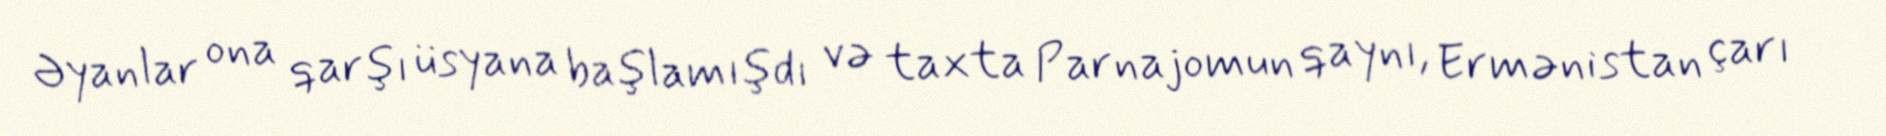
Əyanlar ona qarşı üsyana başlamışdı və taxta Parnajomun qaynı, Ermənistan çarı